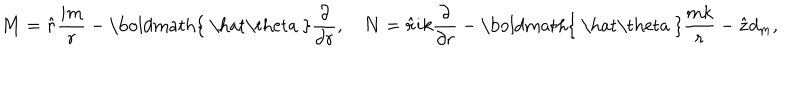
LaTeX: { \bf M } = { \bf \hat { r } } { \frac { i m } { r } } - \mathrm { \boldmath { ~ \hat { \ t h e t a } ~ } } { \frac { \partial } { \partial r } } , \quad { \bf N } = { \bf \hat { r } } i k { \frac { \partial } { \partial r } } - \mathrm { \boldmath { ~ \hat { \ t h e t a } ~ } } { \frac { m k } { r } } - { \bf \hat { z } } d _ { m } ,